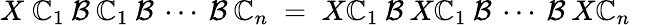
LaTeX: X\; \mathbb{C}_{1}\: {\cal{B}}\: \mathbb{C}_{1}\: {\cal{B}}\: \cdots\: {\cal{B}}\: \mathbb{C}_{n}\; =\; X\mathbb{C}_{1}\: {\cal{B}}\: X\mathbb{C}_{1}\: {\cal{B}}\: \cdots\: {\cal{B}}\: X\mathbb{C}_{n}\; \; \; \; \;